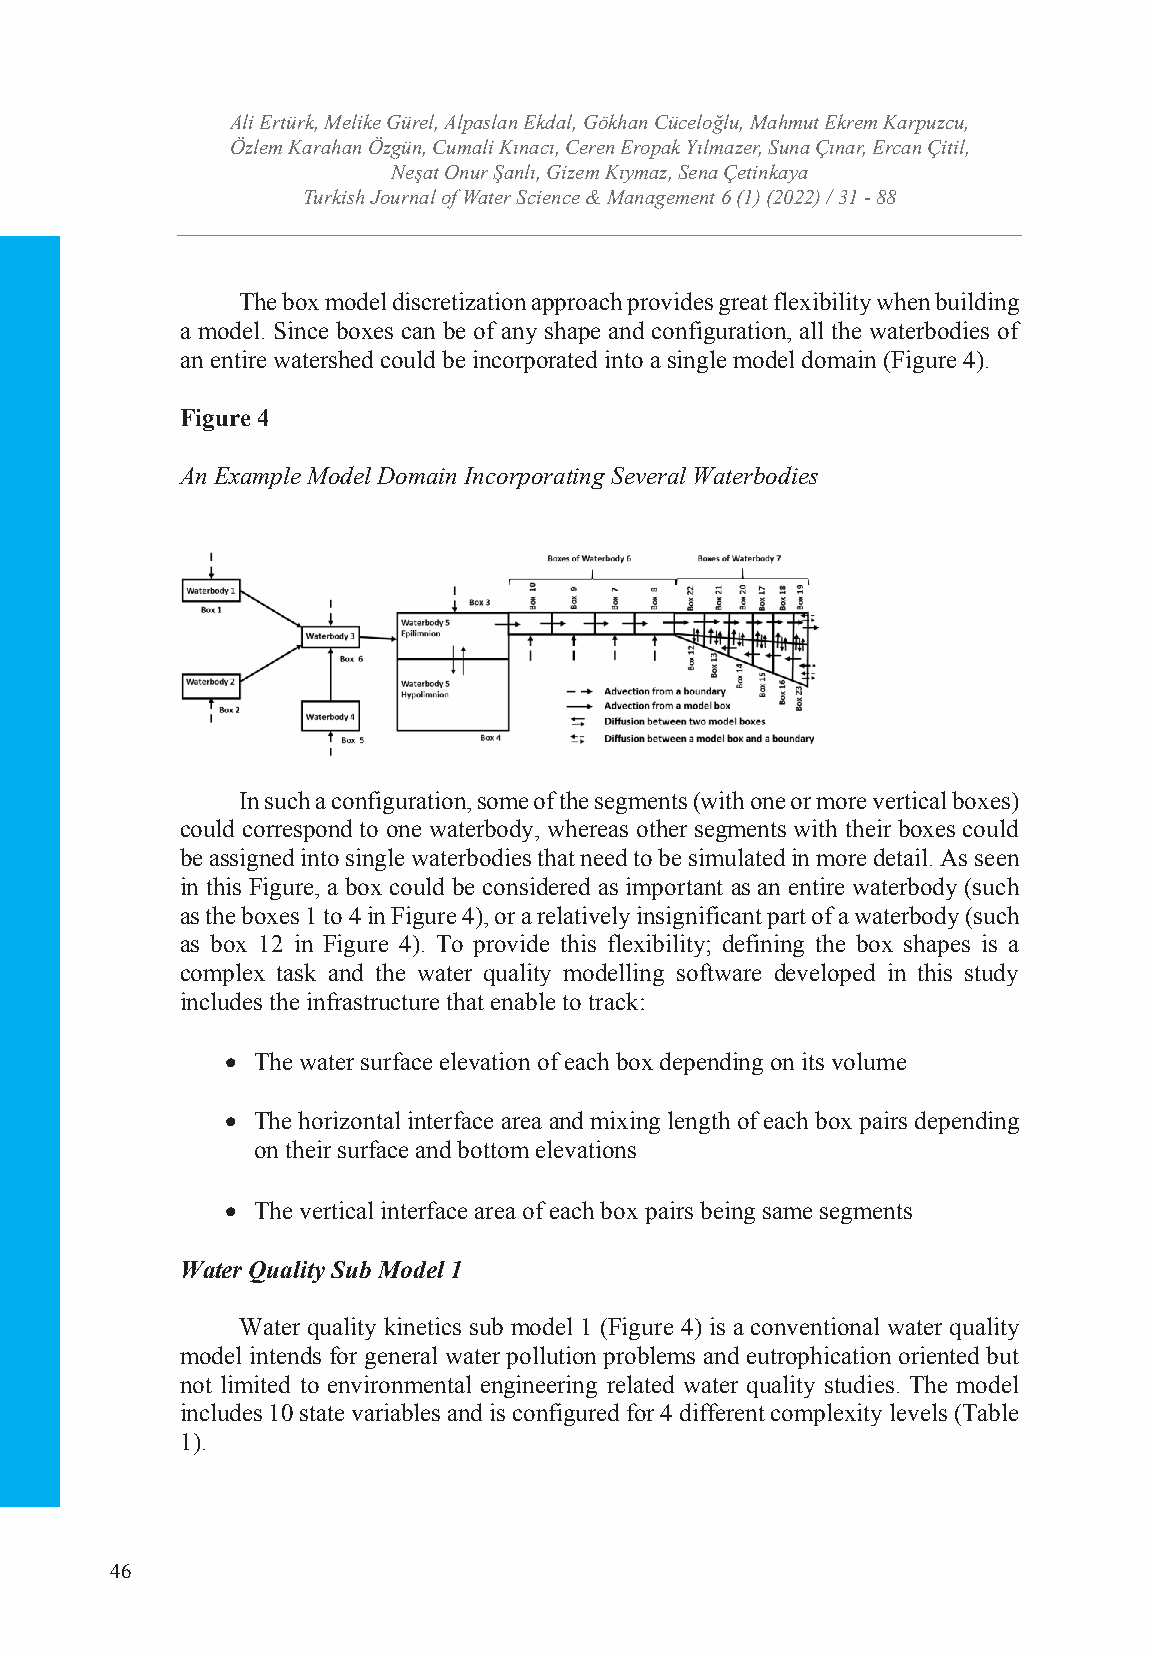
Ali Ertürk, Melike GTüurrekli,s Ahl Jpoausrlannal E okfd Wala, tGerö Skhciaenn cCeü &ce lMoğalnua, gMemahemntut Ekrem Karpuzcu,
 Özlem Karahan Özgün, CumIaSlSiN K: ı2n5a36c ı4,7 C4Xe r/e en-I SESrNo:p 2a5k6 4Y-7ıl3m34azer, Suna Çınar, Ercan Çitil,
 Neşat Onur Şanlı, Gizem Kıymaz, Sena Çetinkaya
 Volume: 6 Issue: 1 Year: 2022
 Turkish Journal of Water Science & Management 6 (1) (2022) / 31 - 88
 The box model discretization approach provides great flexibility when building
 a model. Since boxes can be of any shape and configuration, all the waterbodies of
 an entire watershed could be incorporated into a single model domain (Figure 4).
 Figure 4
 An Example Model Domain Incorporating Several Waterbodies
 In such a configuration, some of the segments (with one or more vertical boxes)
 could correspond to one waterbody, whereas other segments with their boxes could
 be assigned into single waterbodies that need to be simulated in more detail. As seen
 in this Figure, a box could be considered as important as an entire waterbody (such
 as the boxes 1 to 4 in Figure 4), or a relatively insignificant part of a waterbody (such
 as box 12 in Figure 4). To provide this flexibility; defining the box shapes is a
 complex task and the water quality modelling software developed in this study
 includes the infrastructure that enable to track:
  The water surface elevation of each box depending on its volume
  The horizontal interface area and mixing length of each box pairs depending
 on their surface and bottom elevations
  The vertical interface area of each box pairs being same segments
 Water Quality Sub Model 1
 Water quality kinetics sub model 1 (Figure 4) is a conventional water quality
 model intends for general water pollution problems and eutrophication oriented but
 not limited to environmental engineering related water quality studies. The model
 includes 10 state variables and is configured for 4 different complexity levels (Table
 1).
 46